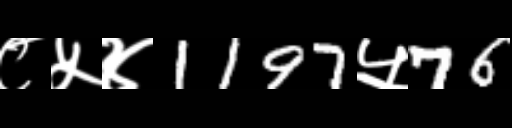
Text: ८५४1197५76